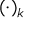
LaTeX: ( \cdot ) _ { k }